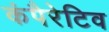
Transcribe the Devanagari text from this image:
कंपैरेटिव